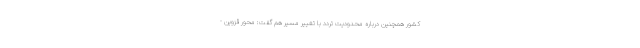
کشور همچنین درباره محدودیت تردد با تغییر مسیر هم گفت: محور قزوین -